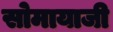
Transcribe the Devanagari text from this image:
सोमायाजी